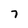
Character: 7